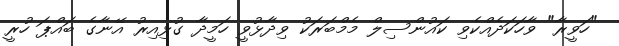
"ހަވީރާ" ވާހަކަދެއްކެވި ކައުންސިލް މެމްބަރަކު ވިދާޅުވީ ހަމީދާ ގުޅިއިރު އޭނާގެ ބައްޕަ ހުރީ